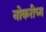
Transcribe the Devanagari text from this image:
नोकरीच्य